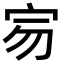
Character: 𡧤